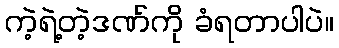
ကဲ့ရဲ့တဲ့ဒဏ်ကို ခံရတာပါပဲ။